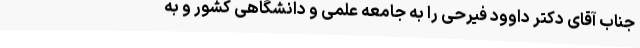
جناب آقای دکتر داوود فیرحی را به جامعه علمی و دانشگاهی کشور و به